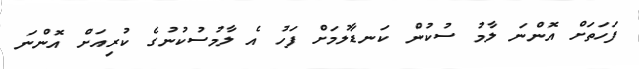
ފަހަތަށް އޮންނަ ލާމު ސުކުން ކަނޑާލުމަށް ފަހު އެ ލާމުސުކުނުގެ ކުރިއަށް އޮންނަ